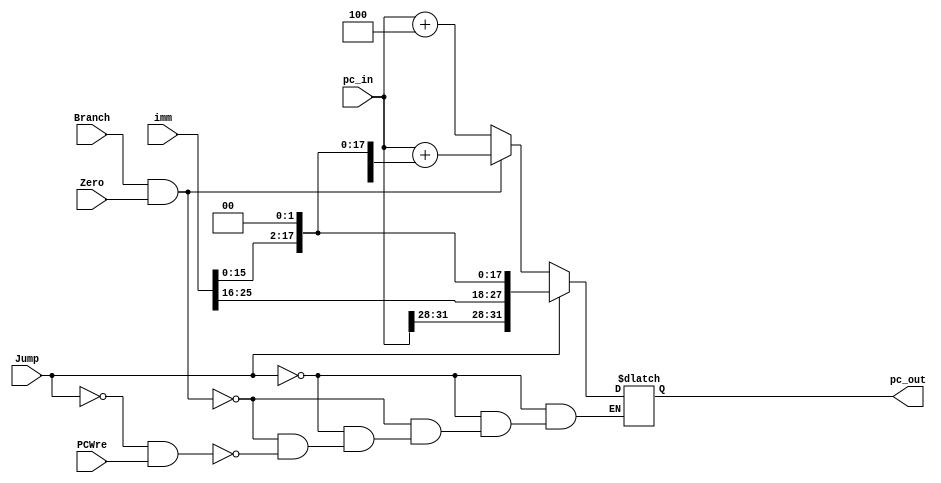
`timescale 1ns / 1ps


module PCctr(
PCWre,Branch, Jump, Zero, imm,pc_in,pc_out
    );
    //input clk;
    input PCWre;
    input Branch;
    input Jump;
    input Zero;
    input [25:0] imm;//imm26
    input [31:0] pc_in;
    output reg [31:0] pc_out;
    initial
    begin
        pc_out=0;
    end
    //clk
    always @(Jump or Branch or Zero or PCWre)
    if(Jump)
        pc_out={pc_in[31:28],imm[25:0],1'b0,1'b0};  //
    else if(Branch&&Zero)
        pc_out=pc_in+{{14{imm[15]}},imm[15:0],1'b0,1'b0};   //
    else if(!Jump&&PCWre)
        pc_out=pc_in+4;    
        
endmodule